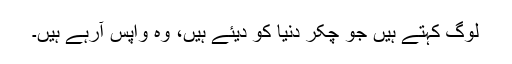
لوگ کہتے ہیں جو چکّر دنیا کو دیئے ہیں، وہ واپس آرہے ہیں۔